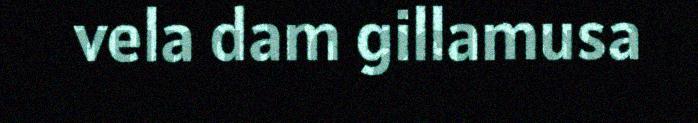
vela dam gillamusa